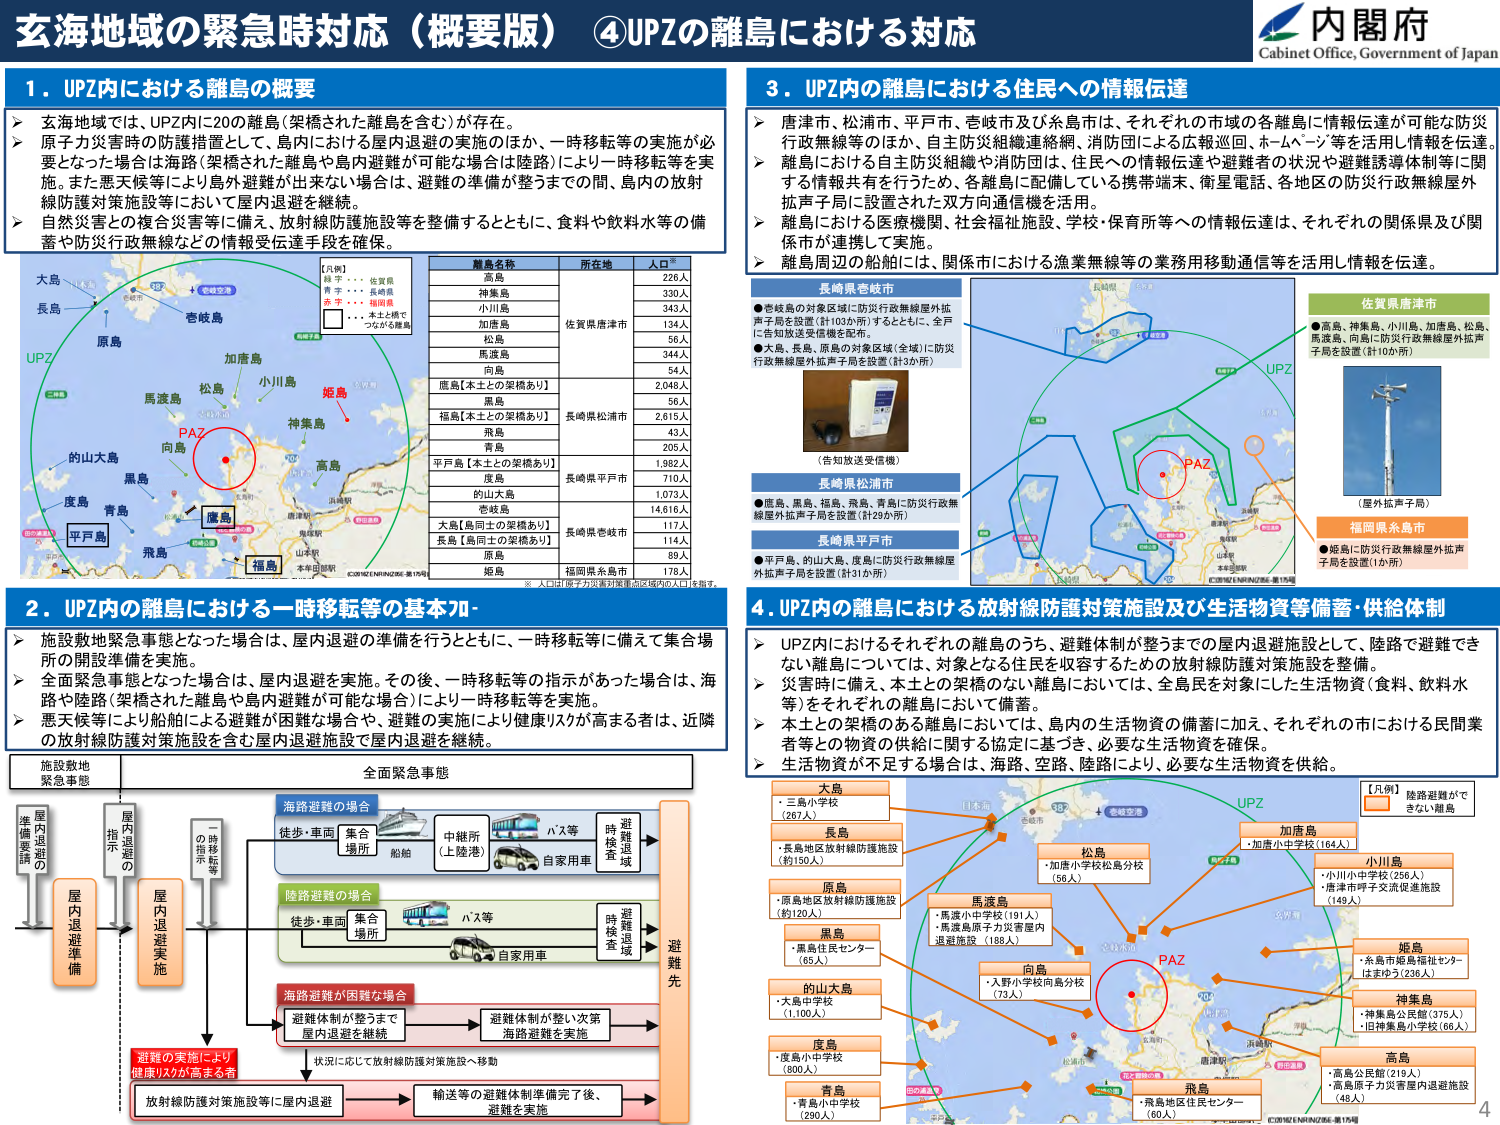
玄海地域の緊急時対応（概要版）④UPZの離島における対応

内閣府
Cabinet Office, Government of Japan

1．UPZ内における離島の概要
→ 支海地域では、UPZ内に20の離島（架橋された離島を含む）が存在。
→ 原子力災害時の防護措置として、島内における屋内退避の実施のほか、一時移転等の実施が必要となった場合は海路（架橋された離島や島内避難が可能な場合は陸路）により一時移転等を実施。また悪天候等により島外避難が出来ない場合は、避難の準備が整うまでの間、島内の放射線防護対策施設等において屋内退避を継続。
→ 自然災害との複合災害等に備え、放射線防護施設等を整備するとともに、食料や飲料水等の備蓄や防災行政無線などの情報受信達手段を確保。

離島名称　所在地　人口※
高島　　　佐賀県唐津市　226人
神集島　　　　　　　330人
小川島　　　　　　　343人
加唐島　　　　　　　134人
松島　　　　　　　　56人
馬渡島　　　　　　　344人
向島　　　　　　　　54人
底島【本土との架橋あり】　　2,049人
黒島　　　長崎県松浦市　56人
福島【本土との架橋あり】　　2,615人
飛島　　　　　　　　43人
青島　　　　　　　　205人
平戸島【本土との架橋あり】　　1,982人
度島　　　長崎県平戸市　710人
的山大島　　　　　　1,073人
壱岐島　　　　　　　14,616人
大島【島同士の架橋あり】　　117人
長島【島同士の架橋あり】　　114人
原島　　　福岡県糸島市　89人
姫島　　　　　　　　178人
※ 人口は「原子力災害対策拠点区域内の人口」を指す。

【凡例】
緑字・・・佐賀県
青字・・・長崎県
赤字・・・福岡県
・・・本土と繋でつながる離島

2．UPZ内の離島における一時移転等の基本フロー
→ 施設敷地緊急事態となった場合は、屋内退避の準備を行うとともに、一時移転等に備えて集合場所の開設準備を実施。
→ 全面緊急事態となった場合は、屋内退避を実施。その後、一時移転等の指示があった場合は、海路や陸路（架橋された離島や島内避難が可能な場合）により一時移転等を実施。
→ 悪天候等により船舶による避難が困難な場合や、避難の実施により健康リスクが高まる者は、近隣の放射線防護対策施設等を含む屋内退避施設で屋内退避を継続。

施設敷地
緊急事態
屋内退避の
準備要請
屋内退避準備
屋内退避実施
指示の
提示
一時移転等
の指示
全面緊急事態
海路避難の場合
徒歩・車両　集合場所　船舶　中継所（上陸港）　自家用車　バス等　避難退避　時限達成　避難先
陸路避難の場合
徒歩・車両　集合場所　自家用車　バス等　避難退避　時限達成　避難先
海路避難が困難な場合
避難体制が整うまで屋内退避を継続　避難体制が整い次第海路避難を実施
避難の実施により健康リスクが高まる者
状況に応じて放射線防護対策施設へ移動　輸送等の避難体制準備完了後、避難を実施　放射線防護対策施設等に屋内退避

3．UPZ内の離島における住民への情報伝達
→ 唐津市、松浦市、平戸市、壱岐市及び糸島市は、それぞれの市域の各離島に情報伝達が可能な防災行政無線等のほか、自主防災組織連絡網、消防団による広報巡回、ホームページ等を活用し情報を伝達。
→ 離島における自主防災組織や消防団は、住民への情報伝達や避難者の状況や避難誘導体制等に関する情報共有を行うため、各離島に配備している携帯端末、衛星電話、各地区の防災行政無線屋外拡声子局に設置された双方向通信機を活用。
→ 離島における医療機関、社会福祉施設、学校・保育所等への情報伝達は、それぞれの関係県及び関係市が連携して実施。
→ 離島周辺の船舶には、関係市における漁業無線等の業務用移動通信等を活用し情報を伝達。

長崎県壱岐市
●壱岐島の対象区域に防災行政無線屋外拡声子局を設置（計103か所）するとともに、全戸に告知放送受信機を配布。
●大島、長島、原島の対象区域（全域）に防災行政無線屋外拡声子局を設置（計3か所）

（告知放送受信機）

長崎県松浦市
●底島、黒島、福島、飛島、青島に防災行政無線屋外拡声子局を設置（計29か所）

長崎県平戸市
●平戸島、的山大島、度島に防災行政無線屋外拡声子局を設置（計31か所）

佐賀県唐津市
●高島、神集島、小川島、加唐島、松島、馬渡島、向島に防災行政無線屋外拡声子局を設置（計103か所）

（屋外拡声子局）

福岡県糸島市
●姫島に防災行政無線屋外拡声子局を設置（1か所）

4．UPZ内の離島における放射線防護対策施設及び生活物資等備蓄・供給体制
→ UPZ内におけるそれぞれの離島のうち、避難体制が整うまでの屋内退避施設として、陸路で避難できない離島については、対象となる住民を収容するための放射線防護対策施設を整備。
→ 災害時に備え、本土との架橋のない離島においては、全島民を対象にした生活物資（食料、飲料水等）をそれぞれの離島において備蓄。
→ 本土との架橋のある離島においては、島内の生活物資の備蓄に加え、それぞれの市における民間業者等との物資の供給に関する協定に基づき、必要な生活物資を確保。
→ 生活物資が不足する場合は、海路、空路、陸路により、必要な生活物資を供給。

大島
・三島小学校（267人）

長島
・長島地区放射線防護施設（約150人）

原島
・原島地区放射線防護施設（約120人）

黒島
・黒島住民センター（65人）

的山大島
・大島中学校（1,100人）

度島
・度島小中学校（800人）

青島
・青島小中学校（290人）

松島
・加唐小学校松島分校（56人）

馬渡島
・馬渡小中学校（191人）
・馬渡島原子力災害屋内退避施設（188人）

向島
・入野小学校向島分校（73人）

加唐島
・加唐小中学校（164人）

小川島
・小川小中学校（256人）
・唐津市呼子交流促進施設（149人）

姫島
・糸島市級島福祉センターはまゆう（236人）

神集島
・神集島公民館（375人）
・旧神集島小学校（60人）

高島
・高島公民館（219人）
・高島原子力災害屋内退避施設（46人）

飛島
・飛島地区住民センター（60人）

【凡例】陸路避難ができない離島

UPZ
PAZ

©2016/ENRINZONE-第179号
©2016/ENRINZONE-第179号

4